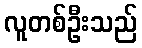
လူတစ်ဦးသည်